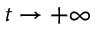
t \to + \infty